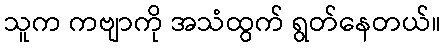
သူက ကဗျာကို အသံထွက် ရွတ်နေတယ်။